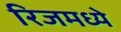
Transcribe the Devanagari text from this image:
रिजमध्ये